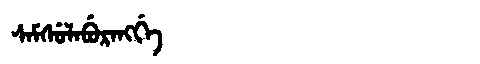
Manchu: ᠰᠠᠮᠰᡠᠯᠠᠪᡠᡵᠠᠩᡤᡝ
Romanization: SAMSULABURANGGE